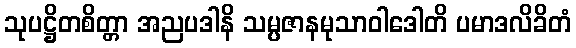
သုပဋ္ဌိတစိတ္တာ အညပဒါနိ သမ္ပဇာနမုသာဝါဒေါတိ ပမာဒလိခိတံ